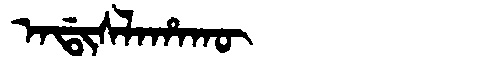
Manchu: ᠠᡩᡳᠰᠯᠠᡥᠠᡴᡡ
Romanization: ADISLAHAKŪ